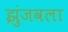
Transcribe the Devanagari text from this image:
झुंजवला